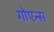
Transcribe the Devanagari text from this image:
गोएन्स